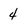
Character: 4